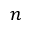
n